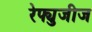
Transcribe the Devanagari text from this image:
रेफ्युजीज